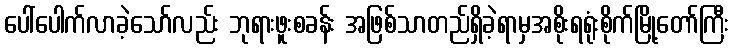
ပေါ်ပေါက်လာခဲ့သော်လည်း ဘုရားဖူးစခန်း အဖြစ်သာတည်ရှိခဲ့ရာမှအစိုးရရုံးစိုက်မြို့တော်ကြီး